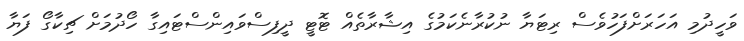
ވަހީދުމި އަހަރަށްފަހުވެސް ރިޓަޔާ ނުކުރާނެކަމުގެ އިޝާރާތެއް ޓޮޓީ ދީފިސްވައިންސްޓައިގާ ހޯދުމަށް ޗިކާގޯ ފަޔާ